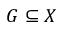
G \subseteq X